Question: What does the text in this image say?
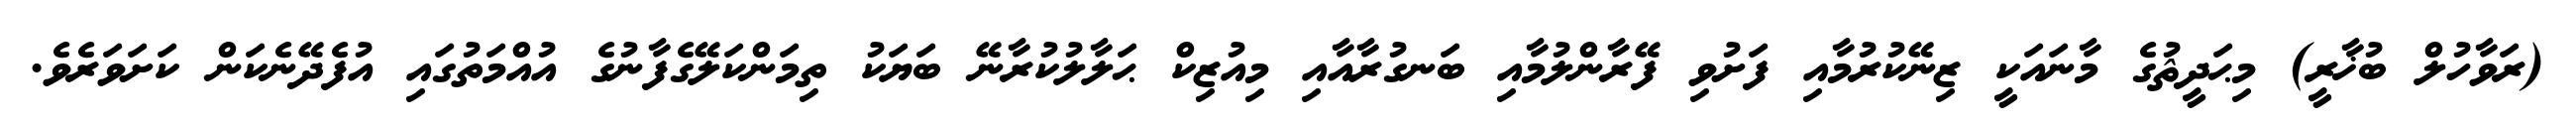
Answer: (ރަވާހުލް ބުޚާރީ) މިޙަދީޘުގެ މާނައަކީ ޒިނޭކުރުމާއި ފަށުވި ފޭރާންލުމާއި ބަނގުރާއާއި މިއުޒިކް ޙަލާލުކުރާނޭ ބަޔަކު ތިމަންކަލޭގެފާނުގެ އުއްމަތުގައި އުފެދޭނެކަން ކަށަވަރެވެ.